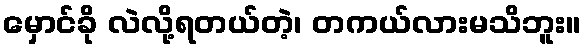
မှောင်ခို လဲလို့ရတယ်တဲ့၊ တကယ်လားမသိဘူး။